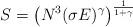
LaTeX: \begin{align*}S = \left( N^3 (\sigma E)^\gamma \right)^{\frac{1}{1 + \gamma}}\end{align*}